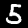
Label: 5